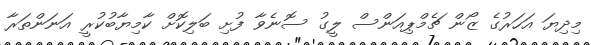
މިދިޔަ އަހަރުގެ ޒޯން ޗެމްޕިއަންސް ލީގު ސޮނެވާ ފުށި ބަލިކޮށް ކާމިޔާބުކުރީ އަނަންތަރާ